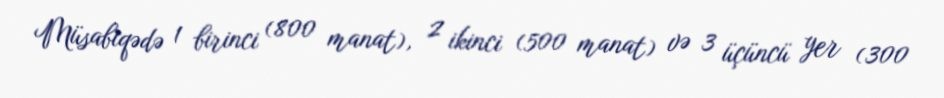
Müsabiqədə 1 birinci (800 manat), 2 ikinci (500 manat) və 3 üçüncü yer (300